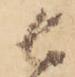
者